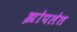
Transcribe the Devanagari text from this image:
झोपलेत